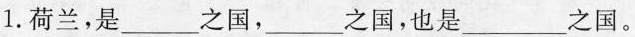
1. 荷兰，是___之国，___之国，也是___之国。